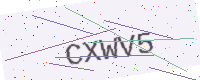
Text: CXWV5